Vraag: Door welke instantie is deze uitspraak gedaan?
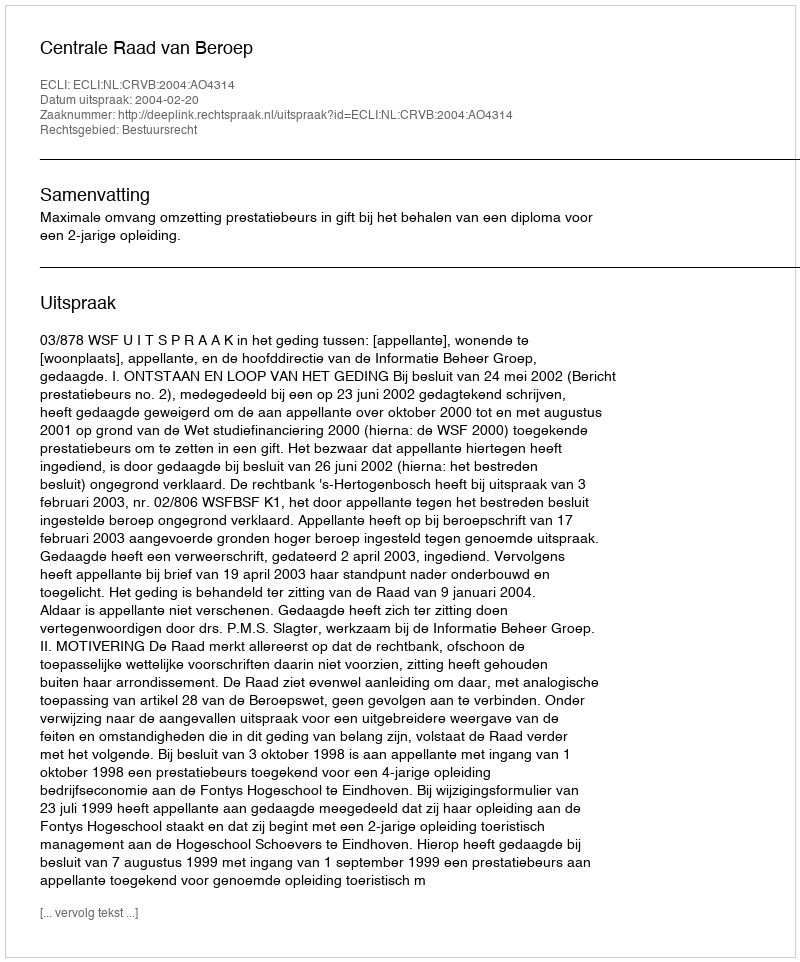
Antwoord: Centrale Raad van Beroep